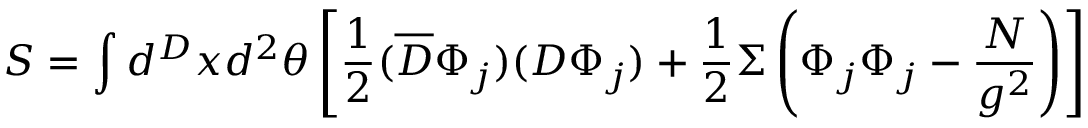
S = \int { d } ^ { D } x d ^ { 2 } \theta \left[ \frac { 1 } { 2 } ( \overline { { { D } } } \Phi _ { j } ) ( D \Phi _ { j } ) + \frac { 1 } { 2 } \Sigma \left( \Phi _ { j } \Phi _ { j } - \frac { N } { g ^ { 2 } } \right) \right]